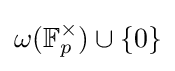
\omega (\mathbb {F} _{p}^{\times })\cup \{0\}